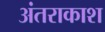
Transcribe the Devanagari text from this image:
अंतराकाश